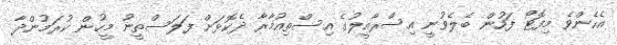
އެހެންވެ މިފޮޓޯ ފަހުން ބެލެވުނީ އިސްރާއީލުގެ އިސްތިއުމާރާ ދެކޮޅަށް ފަލަސްތީނު މީހުން ކުރަމުންދާ